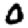
Digit: 0